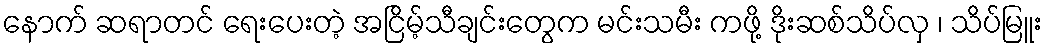
နောက် ဆရာတင် ရေးပေးတဲ့ အငြိမ့်သီချင်းတွေက မင်းသမီး ကဖို့ ဒိုးဆစ်သိပ်လှ ၊ သိပ်မြူး